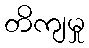
တိကျမှု